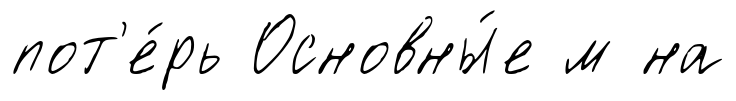
пот'е́рь Основны́е м на